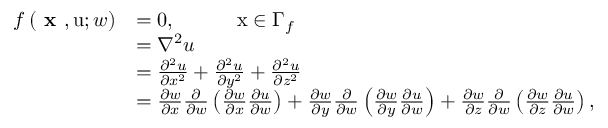
\begin{array} { r } { \begin{array} { r l } { f \left( \textbf { x } , \mathrm { u } ; w \right) } & { = 0 , \quad \quad \quad \mathrm { x } \in \Gamma _ { f } } \\ & { = \nabla ^ { 2 } u } \\ & { = \frac { \partial ^ { 2 } u } { \partial x ^ { 2 } } + \frac { \partial ^ { 2 } u } { \partial y ^ { 2 } } + \frac { \partial ^ { 2 } u } { \partial z ^ { 2 } } } \\ & { = \frac { \partial w } { \partial x } \frac { \partial } { \partial w } \left( \frac { \partial w } { \partial x } \frac { \partial u } { \partial w } \right) + \frac { \partial w } { \partial y } \frac { \partial } { \partial w } \left( \frac { \partial w } { \partial y } \frac { \partial u } { \partial w } \right) + \frac { \partial w } { \partial z } \frac { \partial } { \partial w } \left( \frac { \partial w } { \partial z } \frac { \partial u } { \partial w } \right) , } \end{array} } \end{array}